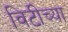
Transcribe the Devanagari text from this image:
विटीच्या